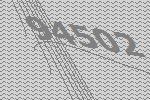
94502